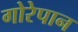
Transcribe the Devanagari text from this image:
गोरेपान